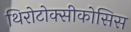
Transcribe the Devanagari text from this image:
थिरोटोक्सीकोसिस